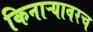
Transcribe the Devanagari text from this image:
किनाऱ्यावरच